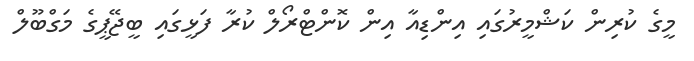
މީގެ ކުރިން ކަޝްމީރުގައި އިންޑިއާ އިން ކޮންޓްރޯލް ކުރާ ފަޅީގައި ބީޖޭޕީގެ މަގްބޫލް